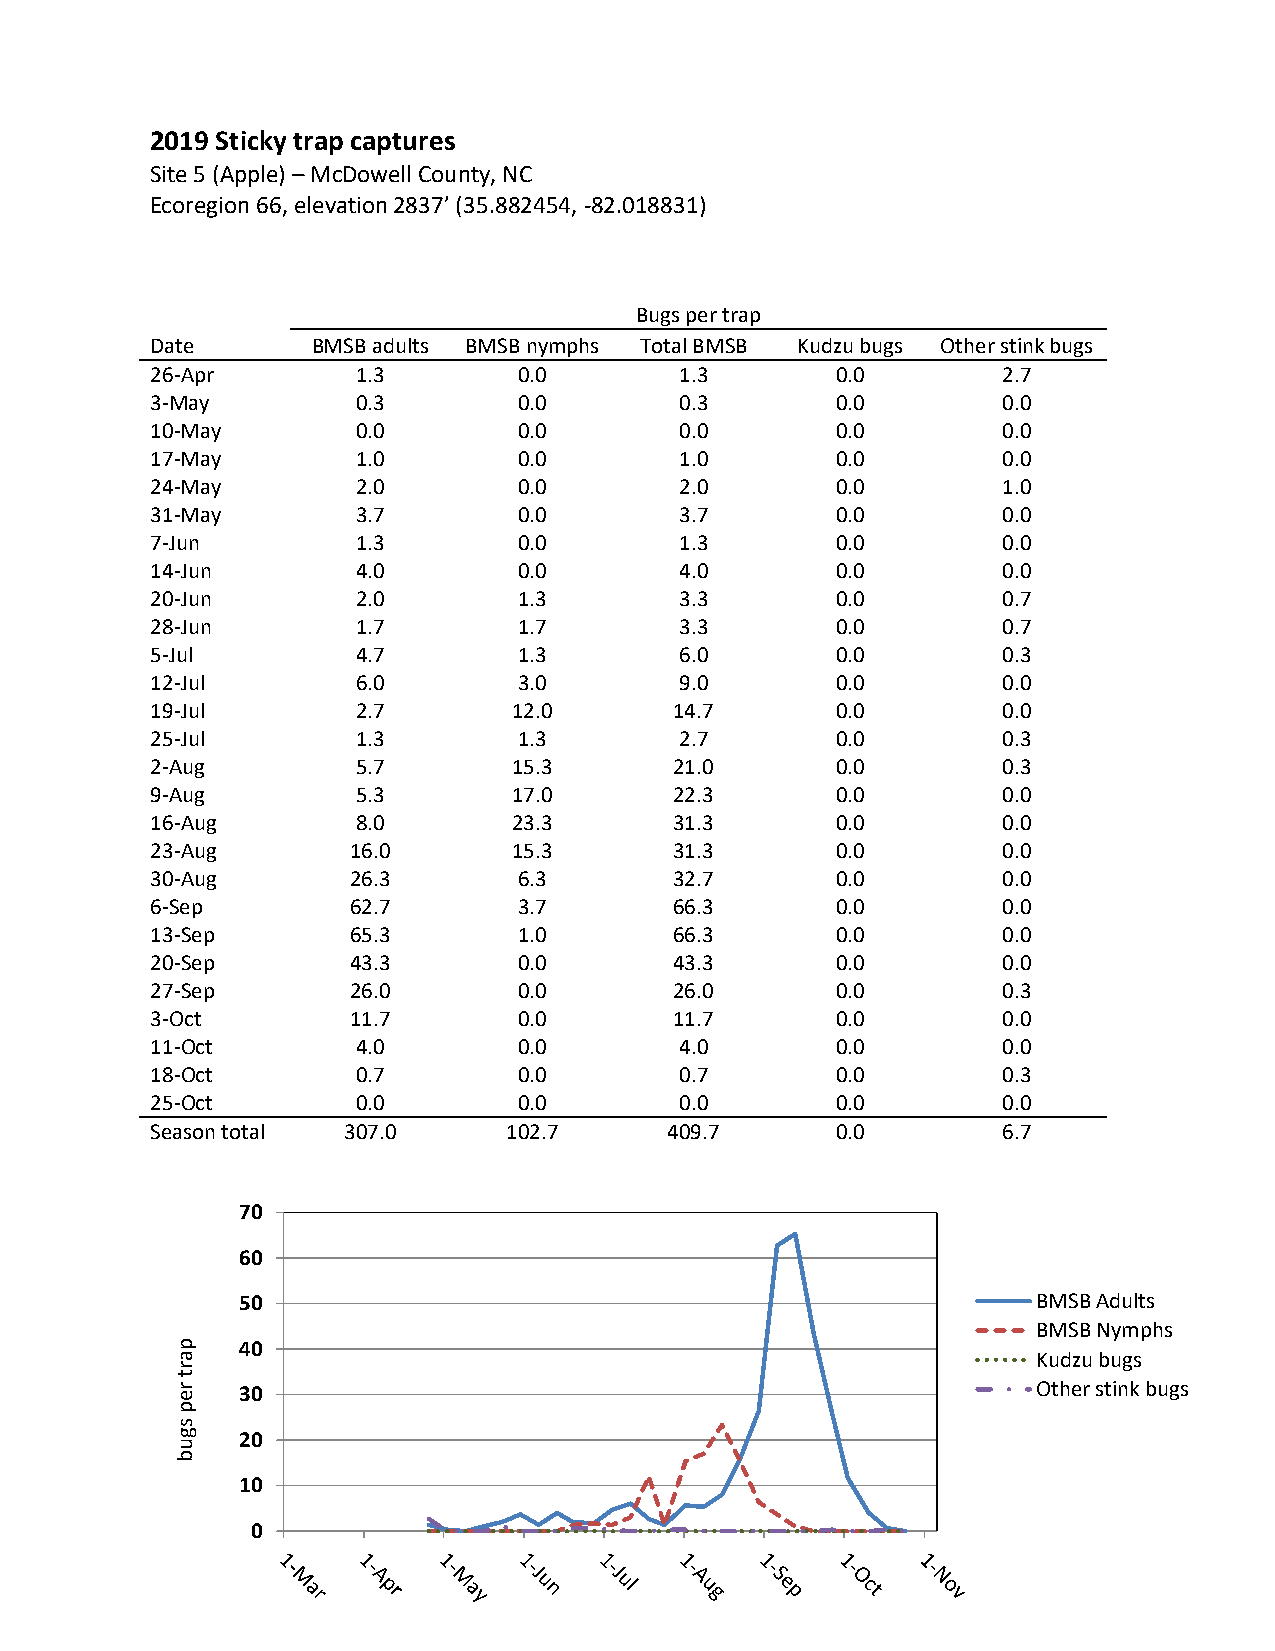
2019 Sticky trap captures
 Site 5 (Apple) – McDowell County, NC
 Ecoregion 66, elevation 2837’ (35.882454, -82.018831)
 Bugs per trap
 Date       BMSB adults BMSB nymphs Total BMSB Kudzu bugs Other stink bugs
 26-Apr        1.3       0.0        1.3       0.0        2.7
 3-May         0.3       0.0        0.3       0.0        0.0
 10-May        0.0       0.0        0.0       0.0        0.0
 17-May        1.0       0.0        1.0       0.0        0.0
 24-May        2.0       0.0        2.0       0.0        1.0
 31-May        3.7       0.0        3.7       0.0        0.0
 7-Jun         1.3       0.0        1.3       0.0        0.0
 14-Jun        4.0       0.0        4.0       0.0        0.0
 20-Jun        2.0       1.3        3.3       0.0        0.7
 28-Jun        1.7       1.7        3.3       0.0        0.7
 5-Jul         4.7       1.3        6.0       0.0        0.3
 12-Jul        6.0       3.0        9.0       0.0        0.0
 19-Jul        2.7       12.0       14.7      0.0        0.0
 25-Jul        1.3       1.3        2.7       0.0        0.3
 2-Aug         5.7       15.3       21.0      0.0        0.3
 9-Aug         5.3       17.0       22.3      0.0        0.0
 16-Aug        8.0       23.3       31.3      0.0        0.0
 23-Aug       16.0       15.3       31.3      0.0        0.0
 30-Aug       26.3       6.3        32.7      0.0        0.0
 6-Sep        62.7       3.7        66.3      0.0        0.0
 13-Sep       65.3       1.0        66.3      0.0        0.0
 20-Sep       43.3       0.0        43.3      0.0        0.0
 27-Sep       26.0       0.0        26.0      0.0        0.3
 3-Oct        11.7       0.0        11.7      0.0        0.0
 11-Oct        4.0       0.0        4.0       0.0        0.0
 18-Oct        0.7       0.0        0.7       0.0        0.3
 25-Oct        0.0       0.0        0.0       0.0        0.0
 Season total 307.0     102.7      409.7      0.0        6.7
 70
 60
 50                                                   BMSB Adults
 BMSB Nymphs
 p   40
 a                                                        Kudzu bugs
 r
 t
 r e 30                                                   Other stink bugs
 p
 s
 g   20
 u
 b
 10
 0